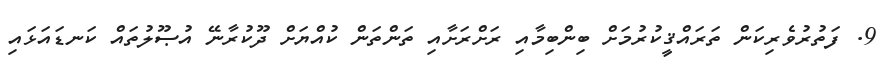
9. ފަތުރުވެރިކަން ތަރައްޤީކުރުމަށް ބިންބިމާއި ރަށްރަށާއި ތަންތަން ކުއްޔަށް ދޫކުރާނޭ އުޞޫލުތައް ކަނޑައަޅައި